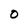
Character: 0